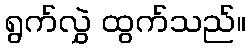
ရွက်လွှဲ ထွက်သည်။